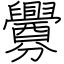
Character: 釁